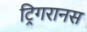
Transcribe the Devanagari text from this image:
ट्रिगरानस